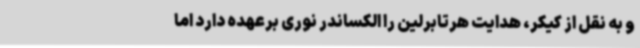
و به نقل از کیکر، هدایت هرتابرلین را الکساندر نوری برعهده دارد اما